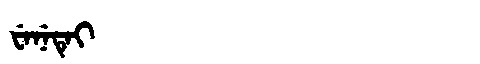
Manchu: ᠸᡝᠨᡝᡨᡝᡳ
Romanization: WENETEI